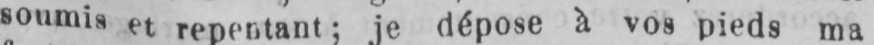
je dépose à vos pieds ma